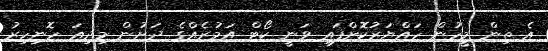
އެ ތިން މީހުން ހައްޔަރުކޮށްފައި ވަނީ ކޯޓް އަމުރެއްގެ ދަށުން މިދިއަ ހޮނިހިރު